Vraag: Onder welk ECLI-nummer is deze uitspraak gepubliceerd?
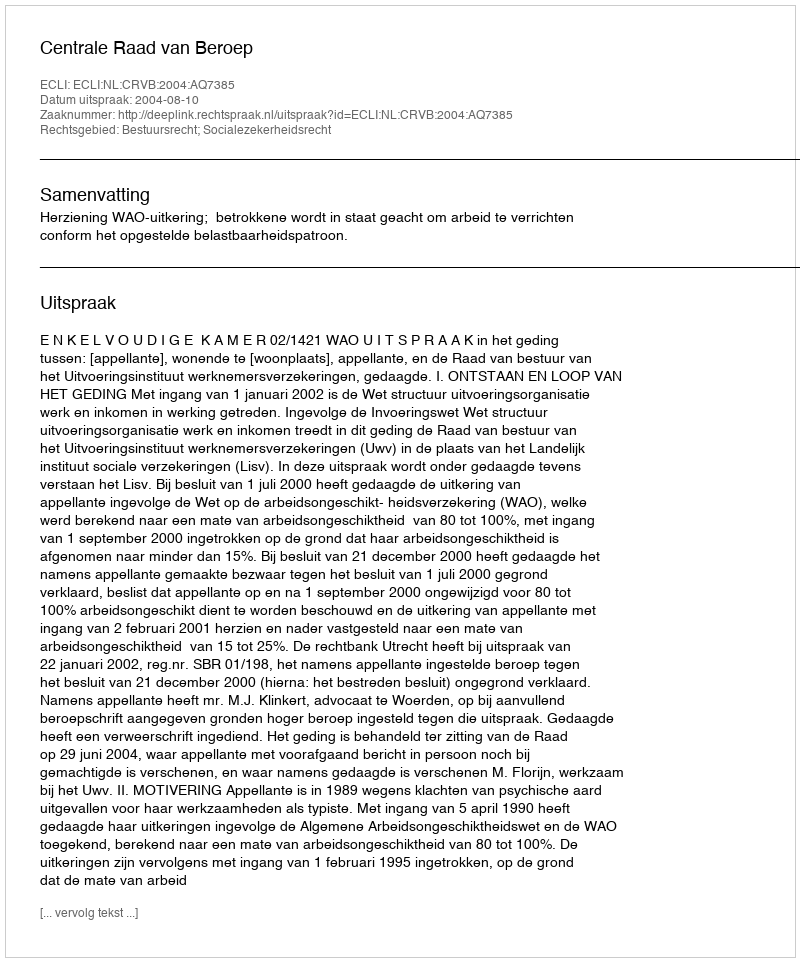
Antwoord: ECLI:NL:CRVB:2004:AQ7385